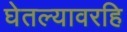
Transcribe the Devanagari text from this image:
घेतल्यावरहि